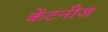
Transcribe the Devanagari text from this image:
केंटनीज